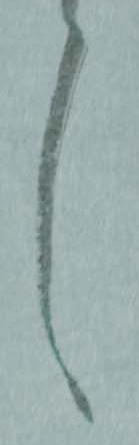
言